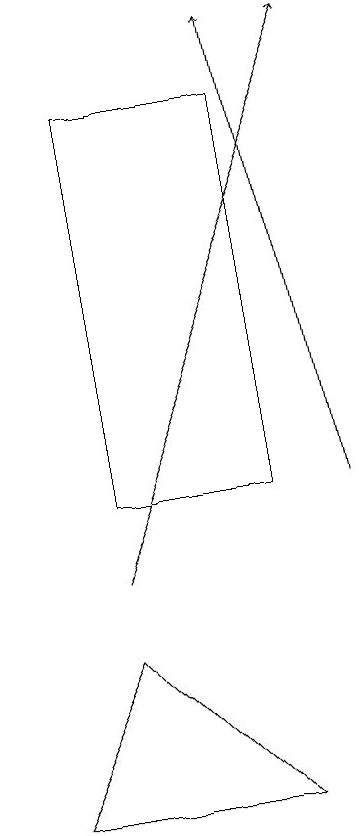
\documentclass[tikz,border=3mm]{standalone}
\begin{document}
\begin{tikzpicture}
\draw (1,9) -- (3,7) -- (0,7) -- cycle;
\draw[->] (1,10) -- (4,17);
\draw[->] (4,11) -- (3,17);
\draw (1,16) rectangle (3,11);
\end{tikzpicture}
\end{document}